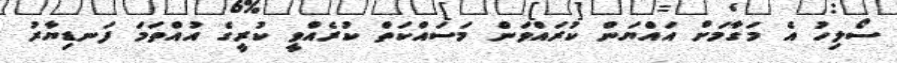
ސޯލިހު އެ މަގާމަށް އައްޔަން ކުރައްވަން މަސައްކަތް ކުރެއްވީ ކުރީގެ އުއްތަމަ ފަނޑިޔާރު